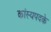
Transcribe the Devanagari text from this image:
कांस्यपदके